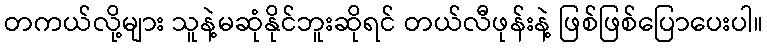
တကယ်လို့များ သူနဲ့မဆုံနိုင်ဘူးဆိုရင် တယ်လီဖုန်းနဲ့ ဖြစ်ဖြစ်ပြောပေးပါ။